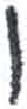
אות: ו